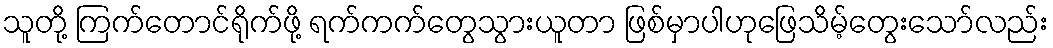
သူတို့ ကြက်တောင်ရိုက်ဖို့ ရက်ကက်တွေသွားယူတာ ဖြစ်မှာပါဟုဖြေသိမ့်တွေးသော်လည်း